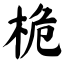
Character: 桅